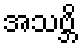
အသဗ္ဘိ